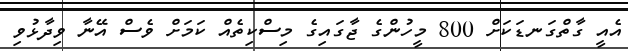
އެއީ ގާތްގަނޑަކަށް 800 މީހުންގެ ޖާގައިގެ މިސްކިތެއް ކަމަށް ވެސް އޭނާ ވިދާޅުވި